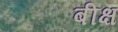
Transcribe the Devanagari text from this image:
बीक्ष